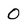
Character: O